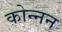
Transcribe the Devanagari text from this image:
कोन्नन